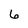
Character: 6